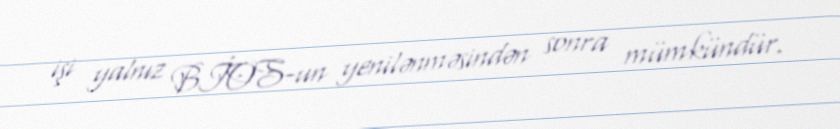
işi yalnız BİOS-un yenilənməsindən sonra mümkündür.